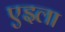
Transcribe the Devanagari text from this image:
एइला